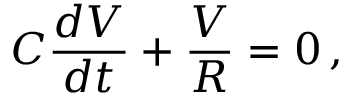
C { \frac { d V } { d t } } + { \frac { V } { R } } = 0 \, ,